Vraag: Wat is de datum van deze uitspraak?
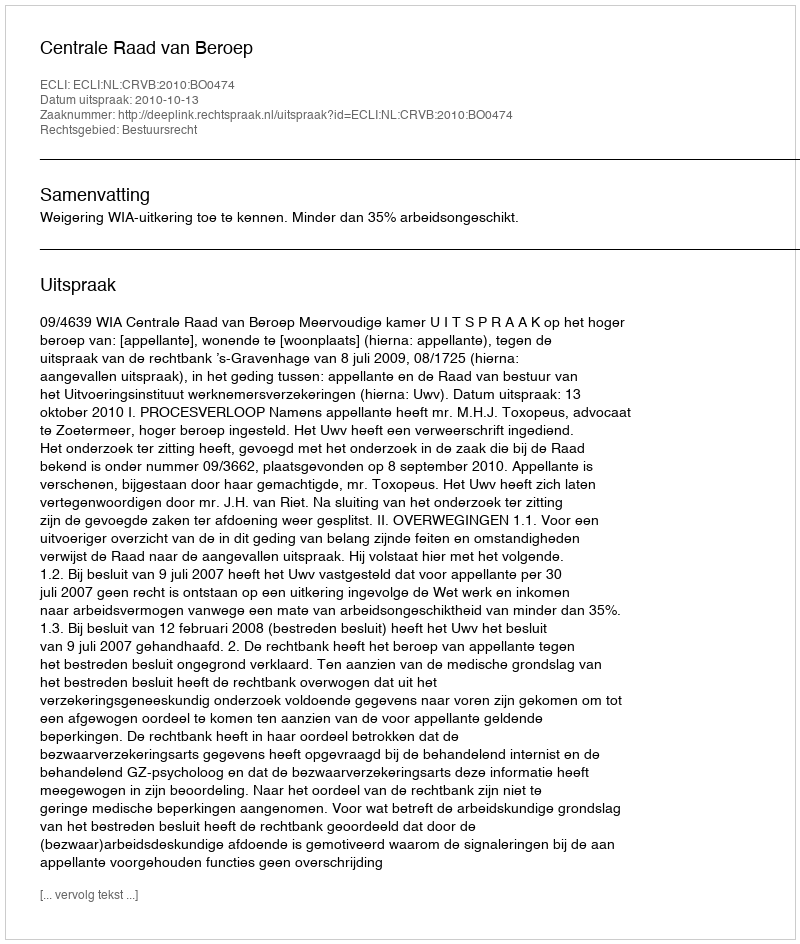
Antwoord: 2010-10-13